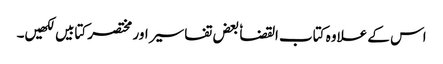
اس کے علاوہ کتاب القضا ٗ بعض تفاسیر اور مختصر کتابیں لکھیں۔